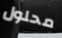
محلول